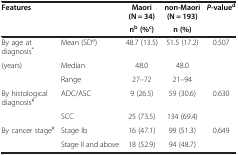
<table><thead><tr><td><b>Features</b></td><td><b> </b></td><td><b>Maori (N = 34)</b></td><td><b>non-Maori (N = 193)</b></td><td><b><i>P</i>-value<sup>d</sup></b></td></tr><tr><td><b> </b></td><td><b> </b></td><td><b>n<sup>b </sup>(%<sup>c</sup>)</b></td><td><b>n (%)</b></td><td><b> </b></td></tr></thead><tbody><tr><td>By age at diagnosis<sup>*</sup></td><td>Mean (SD<sup>e</sup>)</td><td>48.7 (13.5)</td><td>51.5 (17.2)</td><td>0.507</td></tr><tr><td>(years)</td><td>Median</td><td>48.0</td><td>48.0</td><td> </td></tr><tr><td> </td><td>Range</td><td>27–72</td><td>21–94</td><td> </td></tr><tr><td>By histological diagnosis<sup>#</sup></td><td>ADC/ASC</td><td>9 (26.5)</td><td>59 (30.6)</td><td>0.630</td></tr><tr><td> </td><td>SCC</td><td>25 (73.5)</td><td>134 (69.4)</td><td> </td></tr><tr><td>By cancer stage<sup>#</sup></td><td>Stage Ib</td><td>16 (47.1)</td><td>99 (51.3)</td><td>0.649</td></tr><tr><td> </td><td>Stage II and above</td><td>18 (52.9)</td><td>94 (48.7)</td><td> </td></tr></tbody></table>